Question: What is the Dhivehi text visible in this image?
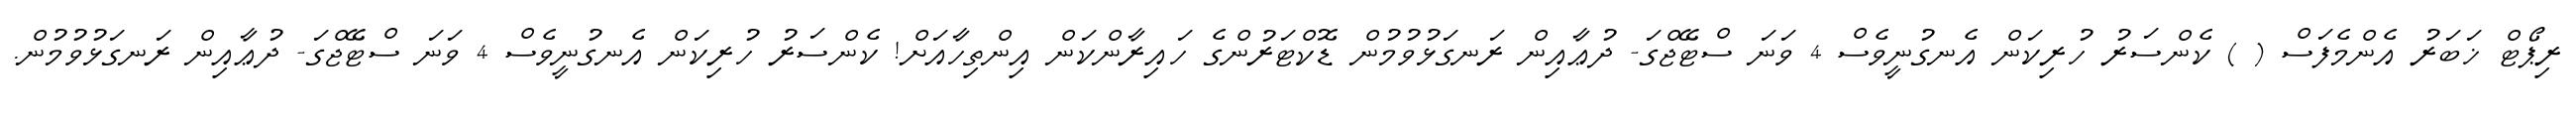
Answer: ރިޕޯޓް ޚަބަރު އެންމެފަސް ( ) ކެންސަރު ހުރިކަން އެނގުނީވެސް 4 ވަނަ ސްޓޭޖްގަ- ދުޢާއިން ރަނގަޅުވުމުން ޑޮކްޓަރުންގެ ހައިރާންކަން އިންތިހާއަށް! ކެންސަރު ހުރިކަން އެނގުނީވެސް 4 ވަނަ ސްޓޭޖްގަ- ދުޢާއިން ރަނގަޅުވުމުން.